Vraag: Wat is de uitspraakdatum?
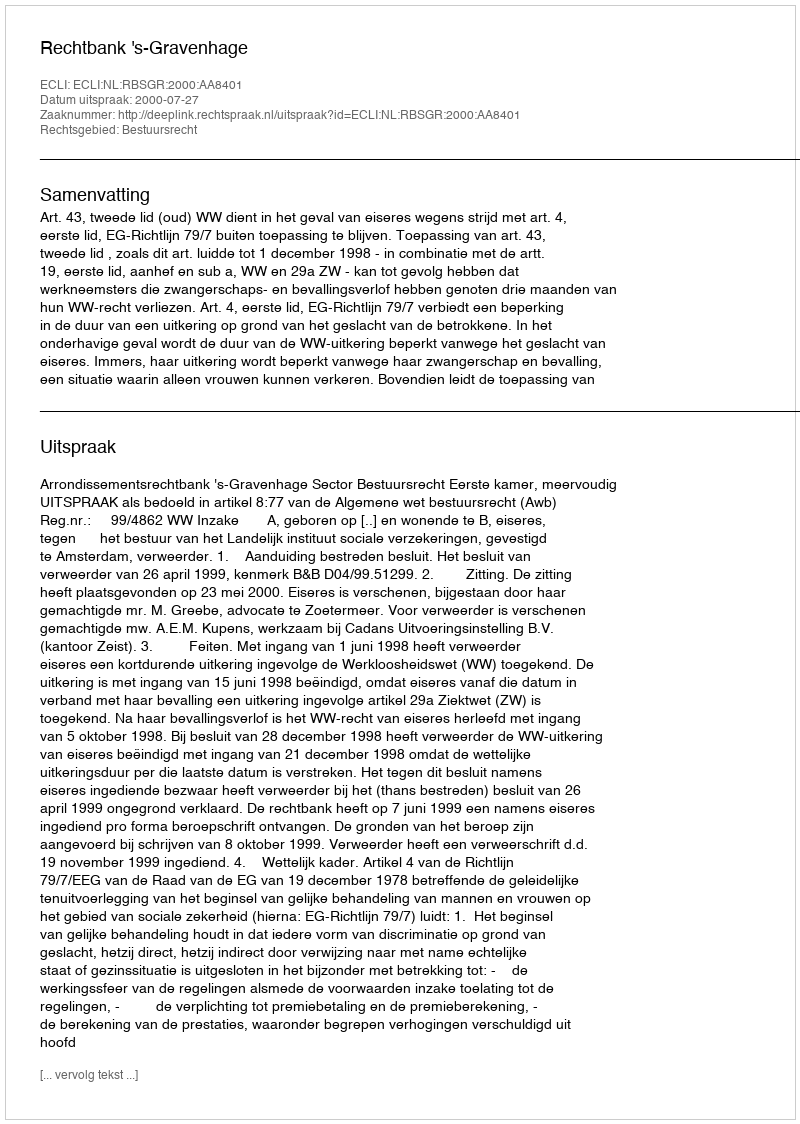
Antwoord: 2000-07-27